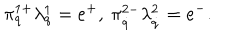
\pi _ { q } ^ { 1 + } \lambda _ { q } ^ { 1 } = e ^ { + } , \ \pi _ { \dot { q } } ^ { 2 - } \lambda _ { \dot { q } } ^ { 2 } = e ^ { - } .